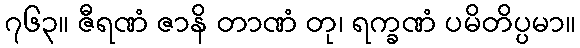
၇၆၃။ ဇီရဏံ ဇာနိ တာဏံ တု၊ ရက္ခဏံ ပမိတိပ္ပမာ။